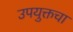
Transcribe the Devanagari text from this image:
उपयुक्तचा